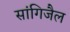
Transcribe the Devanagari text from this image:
सांगिजैल